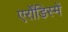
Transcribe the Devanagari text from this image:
एर्रोंडिस्में